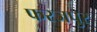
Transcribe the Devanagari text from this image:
फरजपुर